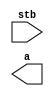
// Sample Code
module main( stb, a );

   input        stb;
   output [1:0] a;
   wire   [1:0] b;

   buf (a[0], b[0]);
   buf (a[1], b[1]);

   specify
      (posedge stb => (a[0]:1'bx)) = 1.0;
      (posedge stb => (a[1]:1'bx)) = 1.0;
   endspecify

endmodule // main